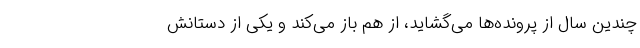
چندین سال از پرونده‌ها می‌گشاید، از هم باز می‌کند و یکی از دستانش